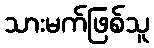
သားမက်ဖြစ်သူ